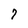
Character: 7